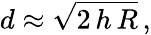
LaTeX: d\approx{\sqrt{2\, h\, R}}\, ,